Report of the Indian Hemp Drugs Commission, 1894-1895 - Volume IV
Year: 1894
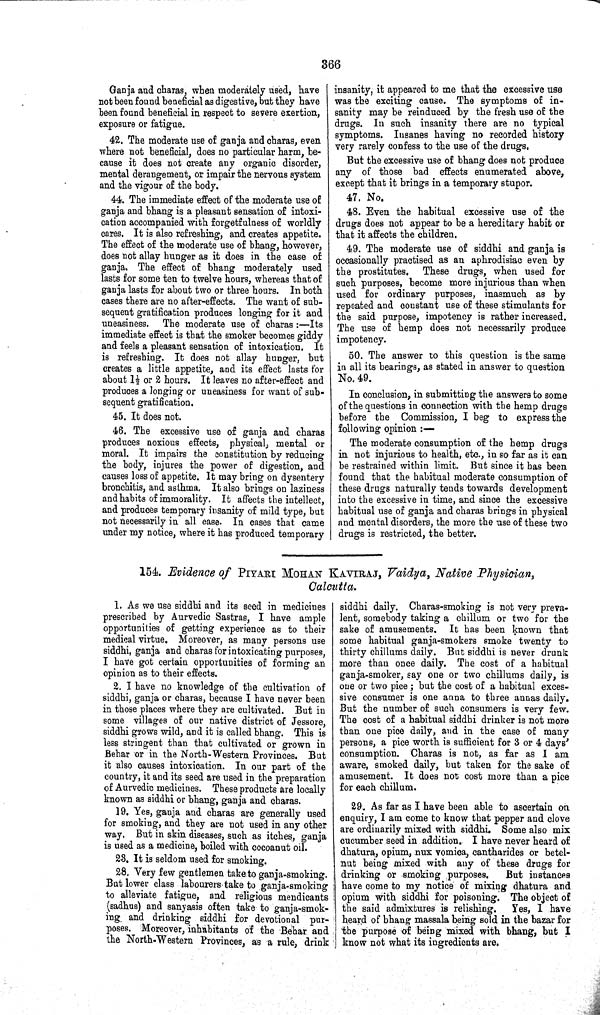
366
Ganja and charas, when moderately used, have
not been found beneficial as digestive, but they have
been found beneficial in respect to severe exertion,
exposure or fatigue.
42. The moderate use of ganja and charas, even
where not beneficial, does no particular harm, be-
cause it does not create any organic disorder,
mental derangement, or impair the nervous system
and the vigour of the body.
44. The immediate effect of the moderate use of
ganja and bhang is a pleasant sensation of intoxi-
cation accompanied with forgetfulness of worldly
cares. It is also refreshing, and creates appetite.
The effect of the moderate use of bhang, however,
does not allay hunger as it does in the case of
ganja. The effect of bhang moderately used
lasts for some ten to twelve hours, whereas that of
ganja lasts for about two or three hours. In both
cases there are no after-effects. The want of sub-
sequent gratification produces longing for it and
uneasiness. The moderate use of charas:—Its
immediate effect is that the smoker becomes giddy
and feels a pleasant sensation of intoxication. It
is refreshing. It does not allay hunger, but
creates a little appetite, and its effect lasts for
about 1½ or 2 hours. It leaves no after-effect and
produces a longing or uneasiness for want of sub-
sequent gratification.
45. It does not.
46. The excessive use of ganja and charas
produces noxious effects, physical, mental or
moral. It impairs the constitution by reducing
the body, injures the power of digestion, and
causes loss of appetite. It may bring on dysentery
bronchitis, and asthma. It also brings on laziness
and habits of immorality. It affects the intellect,
and produces temporary insanity of mild type, but
not necessarily in all case. In cases that came
under my notice, where it has produced temporary
insanity, it appeared to me that the excessive use
was the exciting cause. The symptoms of in-
sanity may be reinduced by the fresh use of the
drugs. In such insanity there are no typical
symptoms. Insanes having no recorded history
very rarely confess to the use of the drugs.
But the excessive use of bhang does not produce
any of those bad effects enumerated above,
except that it brings in a temporary stupor.
47. No.
48. Even the habitual excessive use of the
drugs does not appear to be a hereditary habit or
that it affects the children.
49. The moderate use of siddhi and ganja is
occasionally practised as an aphrodisiac even by
the prostitutes. These drugs, when used for
such purposes, become more injurious than when
used for ordinary purposes, inasmuch as by
repeated and constant use of these stimulants for
the said purpose, impotency is rather increased.
The use of hemp does not necessarily produce
impotency.
50. The answer to this question is the same
in all its bearings, as stated in answer to question
No. 49.
In conclusion, in submitting the answers to some
of the questions in connection with the hemp drugs
before the Commission, I beg to express the
following opinion:—
The moderate consumption of the hemp drugs
in not injurious to health, etc., in so far as it can
be restrained within limit. But since it has been
found that the habitual moderate consumption of
these drugs naturally tends towards development
into the excessive in time, and since the excessive
habitual use of ganja and charas brings in physical
and mental disorders, the more the use of these two
drugs is restricted, the better.
154. Evidence of PIYARI MOHAN KAVIRAJ, Vaidya, Native Physician,
Calcutta.
1. As we use siddhi and its seed in medicines
prescribed by Aurvedic Sastras, I have ample
opportunities of getting experience as to their
medical virtue. Moreover, as many persons use
siddhi, ganja and charas for intoxicating purposes,
I have got certain opportunities of forming an
opinion as to their effects.
2. I have no knowledge of the cultivation of
siddhi, ganja or charas, because I have never been
in those places where they are cultivated. But in
some villages of our native district of Jessore,
siddhi grows wild, and it is called bhang. This is
less stringent than that cultivated or grown in
Behar or in the North-Western Provinces. But
it also causes intoxication. In our part of the
country, it and its seed are used in the preparation
of Aurvedic medicines. These products are locally
known as siddhi or bhang, ganja and charas.
19. Yes, ganja and charas are generally used
for smoking, and they are not used in any other
way. But in skin diseases, such as itches, ganja
is used as a medicine, boiled with cocoanut oil.
23. It is seldom used for smoking.
28. Very few gentlemen take to ganja-smoking.
But lower class labourers take to ganja-smoking
to alleviate fatigue, and religious mendicants
(sadhus) and sanyasis often take to ganja-smok-
ing and drinking siddhi for devotional pur-
poses. Moreover, inhabitants of the Behar and
the North-Western Provinces, as a rule, drink
siddhi daily. Charas-smoking is not very preva-
lent, somebody taking a chillum or two for the
sake of amusements. It has been known that
some habitual ganja-smokers smoke twenty to
thirty chillums daily. But siddhi is never drunk
more than once daily. The cost of a habitual
ganja-smoker, say one or two chillums daily, is
one or two pice; but the cost of a habitual exces-
sive consumer is one anna to three annas daily.
But the number of such consumers is very few.
The cost of a habitual siddhi drinker is not more
than one pice daily, and in the case of many
persons, a pice worth is sufficient for 3 or 4 days'
consumption. Charas is not, as far as I am
aware, smoked daily, but taken for the sake of
amusement. It does not cost more than a pice
for each chillum.
29. As far as I have been able to ascertain on
enquiry, I am come to know that pepper and clove
are ordinarily mixed with siddhi. Some also mix
cucumber seed in addition. I have never heard of
dhatura, opium, nux vomica, cantharides or betel-
nut being mixed with any of these drugs for
drinking or smoking purposes.
But instances
have come to my notice of mixing dhatura and
opium with siddhi for poisoning. The object of
the said admixtures is relishing.
Yes, I have
heard of bhang massala being sold in the bazar for
the purpose of being mixed with bhang, but I
know not what its ingredients are.